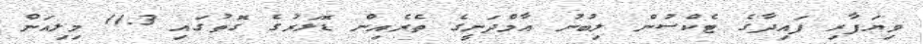
ވިޔަފާރި ފައިދާގެ ޓެކްސުން ލިބުނު އާމްދަނީގެ ތެރެއިން ޑޮލަރުގެ ގޮތުގައި 11.3 މިލިއަން